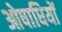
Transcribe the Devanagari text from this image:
ओषाधियों